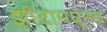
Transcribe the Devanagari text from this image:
झीटामधूनच